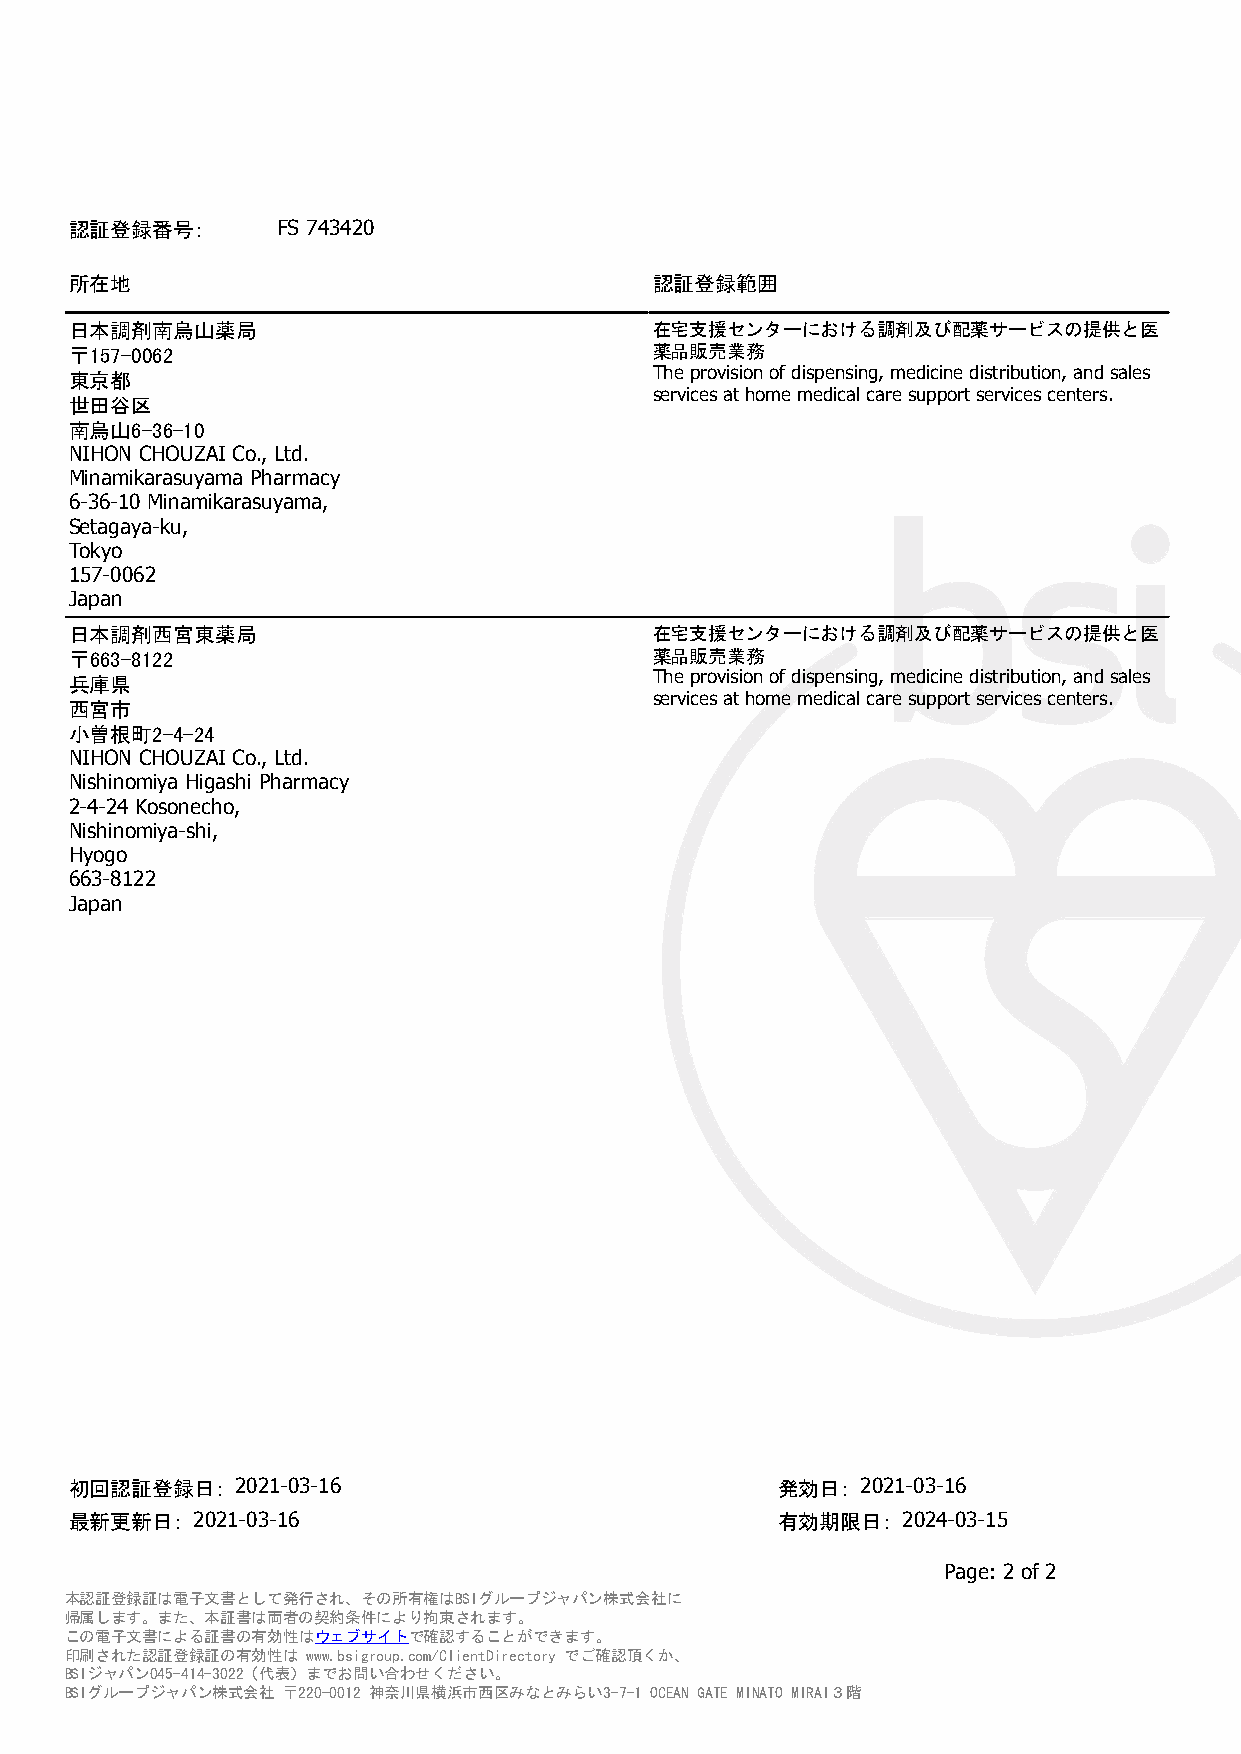
認証登録番号:      FS 743420
 所在地                                   認証登録範囲
 日本調剤南烏山薬局                             在宅支援センターにおける調剤及び配薬サービスの提供と医
 〒157-0062                             薬品販売業務
 東京都                                   The provision of dispensing, medicine distribution, and sales
 services at home medical care support services centers.
 世田谷区
 南烏山6-36-10
 NIHON CHOUZAI Co., Ltd.
 Minamikarasuyama Pharmacy
 6-36-10 Minamikarasuyama,
 Setagaya-ku,
 Tokyo
 157-0062
 Japan
 日本調剤西宮東薬局                             在宅支援センターにおける調剤及び配薬サービスの提供と医
 〒663-8122                             薬品販売業務
 兵庫県                                   The provision of dispensing, medicine distribution, and sales
 services at home medical care support services centers.
 西宮市
 小曽根町2-4-24
 NIHON CHOUZAI Co., Ltd.
 Nishinomiya Higashi Pharmacy
 2-4-24 Kosonecho,
 Nishinomiya-shi,
 Hyogo
 663-8122
 Japan
 初回認証登録日:   2021-03-16                         発効日:  2021-03-16
 最新更新日:  2021-03-16                            有効期限日:   2024-03-15
 Page: 2 of 2
 本認証登録証は電子文書として発行され、その所有権はBSIグループジャパン株式会社に
 帰属します。また、本証書は両者の契約条件により拘束されます。
 この電子文書による証書の有効性はウェブサイトで確認することができます。
 印刷された認証登録証の有効性は www.bsigroup.com/ClientDirectory でご確認頂くか、
 BSIジャパン045-414-3022（代表）までお問い合わせください。
 BSIグループジャパン株式会社 〒220-0012 神奈川県横浜市西区みなとみらい3-7-1 OCEAN GATE MINATO MIRAI３階